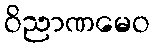
ဝိညာဏမေဝ